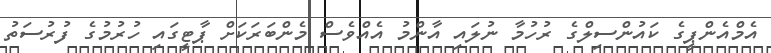
އެމްއެންޕީގެ ކައުންސިލްގެ ރުހުމާ ނުލައި އާންމު އެއްވެސް މެންބަރަކަށް ޕާޓީގައި ހުރުމުގެ ފުރުސަތު